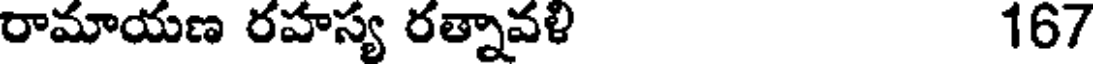
రామాయణ రహస్య రత్నావళి 167